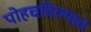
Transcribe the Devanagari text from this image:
पोहचविण्यात